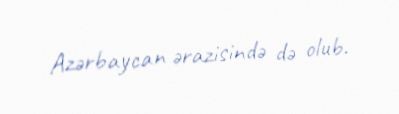
Azərbaycan ərazisində də olub.